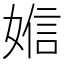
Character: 㜃